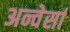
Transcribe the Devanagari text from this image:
अन्वेर्सा